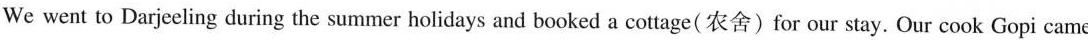
We went to Darjeeling during the summer holidays and booked a cottage (农舍 )for our stay. Our cook Gopi came